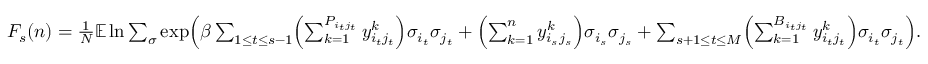
\begin{array} { r } { F _ { s } ( n ) = \frac { 1 } { N } \mathbb E \ln \sum _ { \sigma } \exp \Bigl ( \beta \sum _ { 1 \leq t \leq s - 1 } \Bigl ( \sum _ { k = 1 } ^ { P _ { i _ { t } j _ { t } } } y _ { i _ { t } j _ { t } } ^ { k } \Bigr ) \sigma _ { i _ { t } } \sigma _ { j _ { t } } + \Bigl ( \sum _ { k = 1 } ^ { n } y _ { i _ { s } j _ { s } } ^ { k } \Bigr ) \sigma _ { i _ { s } } \sigma _ { j _ { s } } + \sum _ { s + 1 \leq t \leq M } \Bigl ( \sum _ { k = 1 } ^ { B _ { i _ { t } j _ { t } } } y _ { i _ { t } j _ { t } } ^ { k } \Bigr ) \sigma _ { i _ { t } } \sigma _ { j _ { t } } \Bigr ) . } \end{array}